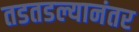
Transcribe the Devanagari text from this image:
तडतडल्यानंतर